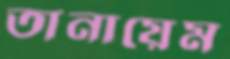
তানায়েম